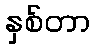
နှစ်တာ